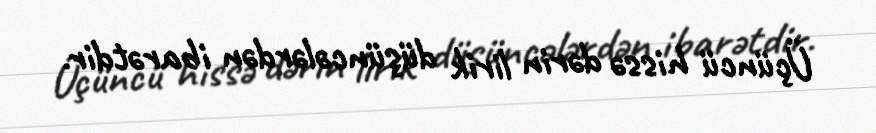
Üçüncü hissə dərin lirik düşüncələrdən ibarətdir.